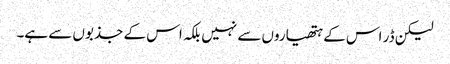
لیکن ڈر اس کے ہتھیاروں سے نہیں بلکہ اس کے جذبوں سے ہے۔